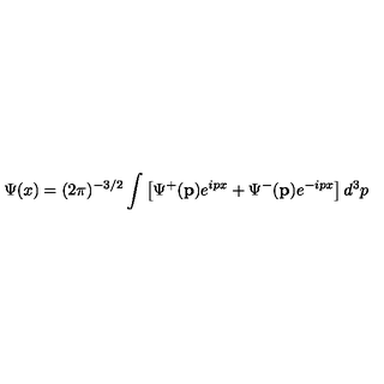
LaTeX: \Psi ( x ) = ( 2 \pi ) ^ { - 3 / 2 } \int \left[ \Psi ^ { + } ( \mathbf { p } ) e ^ { i p x } + \Psi ^ { - } ( \mathbf { p } ) e ^ { - i p x } \right] d ^ { 3 } p